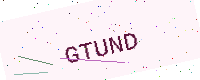
Text: GTUND